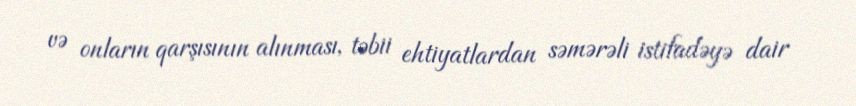
və onların qarşısının alınması, təbii ehtiyatlardan səmərəli istifadəyə dair